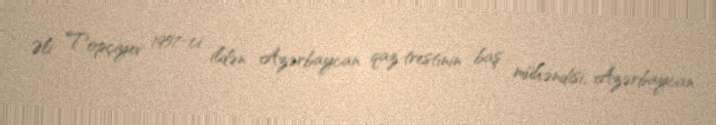
Əli Topçiyev 1957-ci ildən Azərbaycan qaz trestinin baş mühəndisi, Azərbaycan